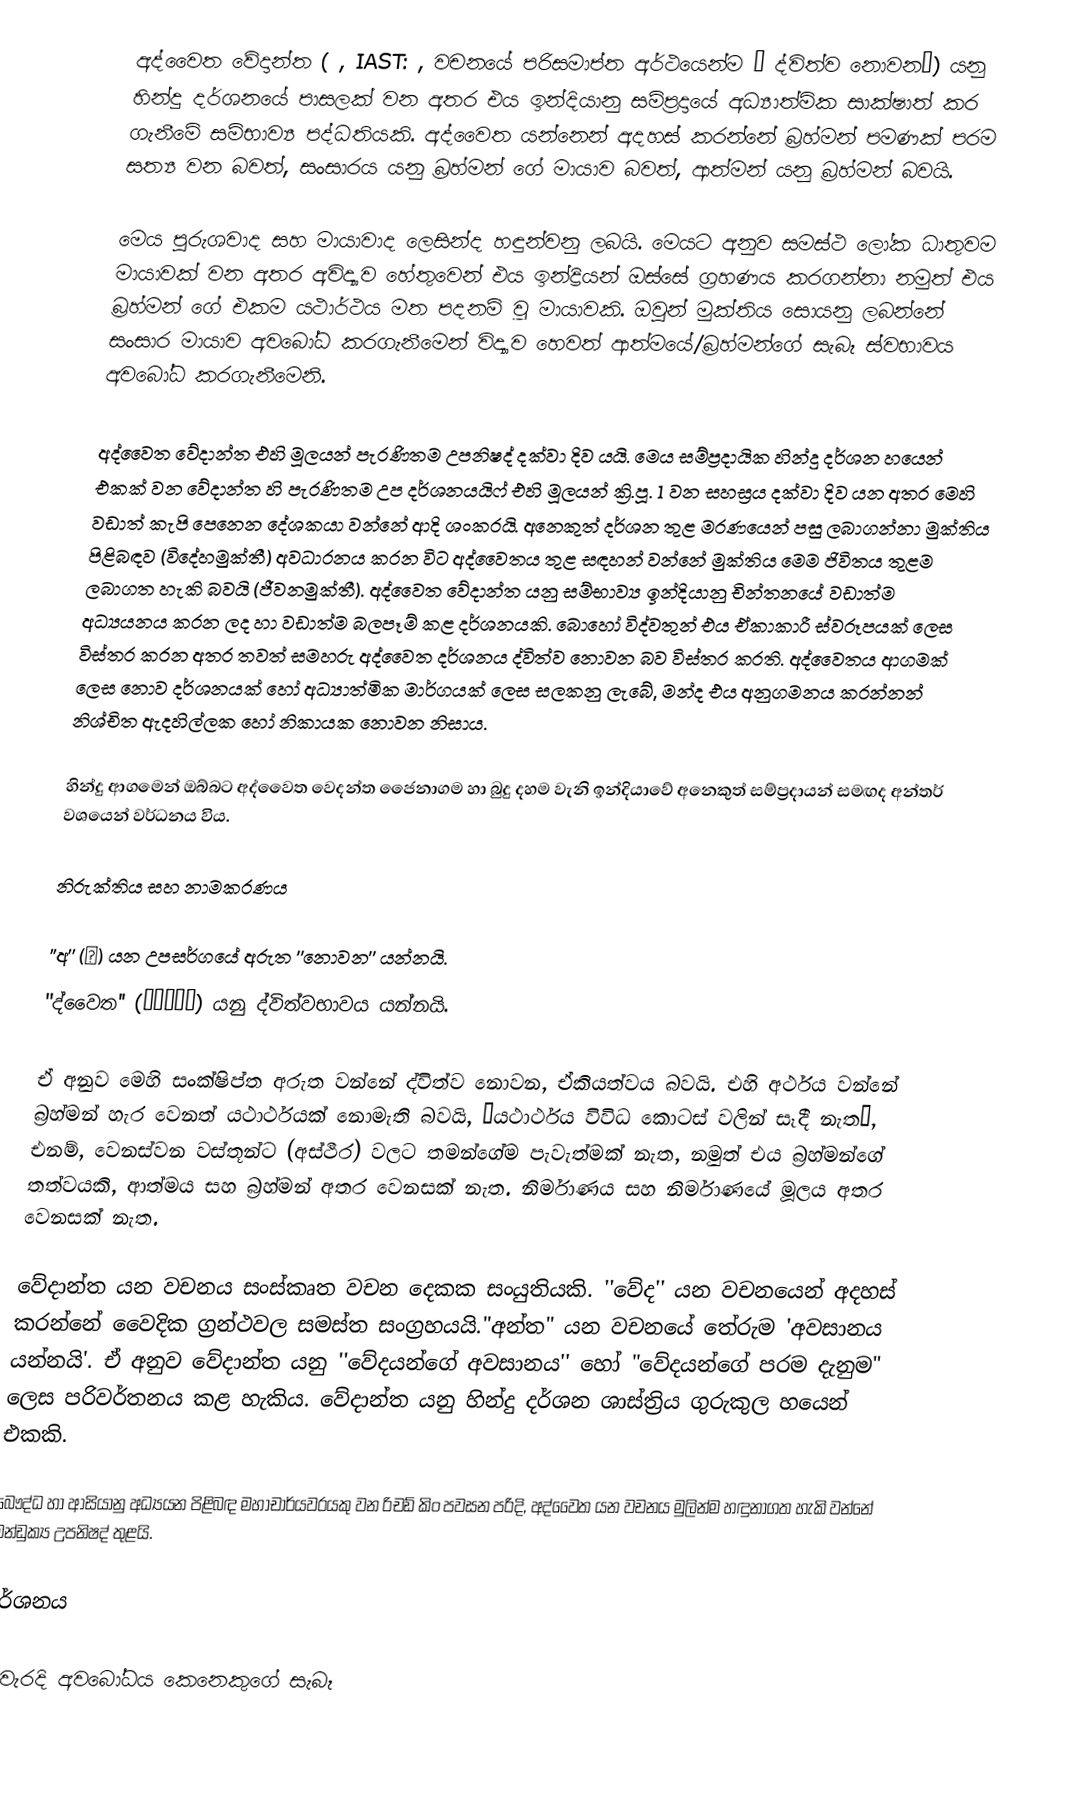
අද්වෛත වේදාන්ත ( , IAST: , වචනයේ පරිසමාප්ත අර්ථයෙන්ම “ ද්විත්ව නොවන”) යනු හින්දු දර්ශනයේ පාසලක් වන අතර එය ඉන්දියානු සම්ප්‍රදායේ අධ්‍යාත්මික සාක්ෂාත් කර ගැනීමේ සම්භාව්‍ය පද්ධතියකි.  අද්වෛත යන්නෙන් අදහස් කරන්නේ බ්‍රහ්මන් පමණක් පරම සත්‍ය වන බවත්, සංසාරය යනු බ්‍රහ්මන් ගේ මායාව බවත්, ආත්මන් යනු බ්‍රහ්මන් බවයි.

මෙය පුරුශවාද සහ මායාවාද ලෙසින්ද හඳුන්වනු ලබයි. මෙයට අනුව සමස්ථ ලෝක ධාතුවම මායාවක් වන අතර අවිද්‍යාව හේතුවෙන් එය ඉන්ද්‍රියන් ඔස්සේ ග්‍රහණය කරගන්නා නමුත් එය බ්‍රහ්මන් ගේ එකම යථාර්ථය මත පදනම් වූ මායාවකි. ඔවුන් මුක්තිය සොයනු ලබන්නේ සංසාර මායාව අවබෝධ කරගැනීමෙන් විද්‍යාව හෙවත් ආත්මයේ/බ්‍රහ්මන්ගේ සැබෑ ස්වභාවය අවබෝධ කරගැනීමෙනි.

අද්වෛත වේදාන්ත එහි මූලයන් පැරණිතම උපනිෂද් දක්වා දිව යයි. මෙය සම්ප්‍රදායික හින්දු දර්ශන හයෙන් එකක් වන වේදාන්ත හි පැරණිතම උප දර්ශනයයිෆ් එහි මූලයන් ක්‍රි.පූ. 1 වන සහස්‍රය දක්වා දිව යන අතර මෙහි වඩාත් කැපි පෙනෙන දේශකයා වන්නේ ආදි ශංකරයි. අනෙකුත් දර්ශන තුළ මරණයෙන් පසු ලබාගන්නා මුක්තිය පිළිබඳව (විදේහමුක්තී) අවධාරනය කරන විට අද්වෛතය තුළ සඳහන් වන්නේ මුක්තිය මෙම ජිවිතය තුළම ලබාගත හැකි බවයි (ජීවනමුක්තී). අද්වෛත වේදාන්ත යනු සම්භාව්‍ය ඉන්දියානු චින්තනයේ වඩාත්ම අධ්‍යයනය කරන ලද හා වඩාත්ම බලපෑම් කළ දර්ශනයකි. බොහෝ විද්වතුන් එය ඒකාකාරී ස්වරූපයක් ලෙස විස්තර කරන අතර තවත් සමහරු අද්වෛත දර්ශනය ද්විත්ව නොවන බව විස්තර කරති. අද්වෛතය ආගමක් ලෙස නොව දර්ශනයක් හෝ අධ්‍යාත්මික මාර්ගයක් ලෙස සලකනු ලැබේ, මන්ද එය අනුගමනය කරන්නන් නිශ්චිත ඇදහිල්ලක හෝ නිකායක නොවන නිසාය.

හින්දු ආගමෙන් ඔබ්බට අද්වෛත වෙදන්‍ත ජෛනාගම හා බුදු දහම වැනි ඉන්දියාවේ අනෙකුත් සම්ප්‍රදායන් සමඟද අන්තර් වශයෙන් වර්ධනය විය.

නිරුක්තිය සහ නාමකරණය

 ''අ'' (अ) යන උපසර්ගයේ අරුත ''නොවන'' යන්නයි.
 ''ද්වෛත'' (द्वैत) යනු ද්විත්වභාවය යන්නයි.

ඒ අනුව මෙහි සංක්ෂිප්ත අරුත වන්නේ ද්විත්ව නොවන, ඒකියත්වය බවයි. එහි අර්ථය වන්නේ බ්‍රහ්මන් හැර වෙනත් යථාර්ථයක් නොමැති බවයි, “යථාර්ථය විවිධ කොටස් වලින් සෑදී නැත”, එනම්, වෙනස්වන වස්තූන්ට (අස්ථීර) වලට තමන්ගේම පැවැත්මක් නැත, නමුත් එය බ්‍රහ්මන්ගේ තත්වයකි, ආත්මය සහ බ්‍රහ්මන් අතර වෙනසක් නැත. නිර්මාණය සහ නිර්මාණයේ මූලය අතර වෙනසක් නැත.

වේදාන්ත යන වචනය සංස්කෘත වචන දෙකක සංයුතියකි. ''වේද'' යන වචනයෙන් අදහස් කරන්නේ වෛදික ග්‍රන්ථවල සමස්ත සංග්‍රහයයි."අන්ත" යන වචනයේ තේරුම 'අවසානය යන්නයි'. ඒ අනුව වේදාන්ත යනු ''වේදයන්ගේ අවසානය'' හෝ "වේදයන්ගේ පරම දැනුම" ලෙස පරිවර්තනය කළ හැකිය. වේදාන්ත යනු හින්දු දර්ශන ශාස්ත්‍රිය ගුරුකුල හයෙන් එකකි.

බෞද්ධ හා ආසියානු අධ්‍යයන පිළිබඳ මහාචාර්යවරයකු වන රිචඩ් කිං පවසන පරිදි, අද්වෛත යන වචනය මුලින්ම හඳුනාගත හැකි වන්නේ මන්ඩුක්‍ය උපනිෂද් තුළයි.

දර්ශනය

නිවැරදි අවබෝධය කෙනෙකුගේ සැබෑ